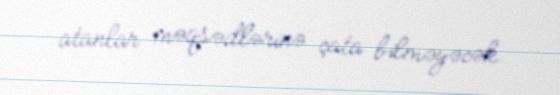
atanlar məqsədlərinə çata bilməyəcək.